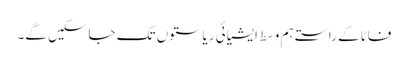
فاٹا کے راستے ہم وسط ایشیائی ریاستوں تک جاسکیں گے۔